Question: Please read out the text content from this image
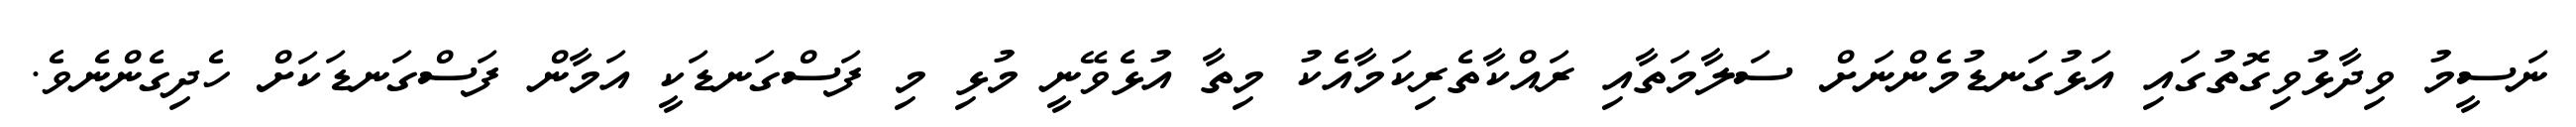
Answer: ނަސީމު ވިދާޅުވިގޮތުގައި އަޅުގަނޑުމެންނަށް ސަލާމަތާއި ރައްކާތެރިކަމާއެކު މިތާ އުޅެވޭނީ މުޅި މި ފަސްގަނޑަކީ އަމާން ފަސްގަނޑަކަށް ހެދިގެންނެވެ.